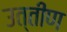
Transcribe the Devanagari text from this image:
उत्‍तीण